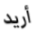
أريد